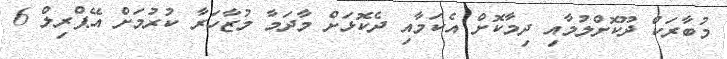
މުބާރަކް ދޫކޮށްލުމާއި ދިމާކޮށް އެކަމާއި ދެކޮޅަށް މާދަމާ މުޒާހަރާ ކުރުމަށް އޭޕްރިލް 6